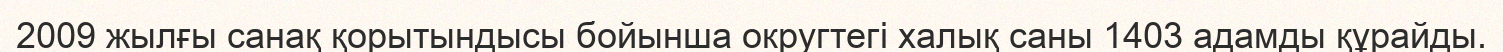
2009 жылғы санақ қорытындысы бойынша округтегі халық саны 1403 адамды құрайды.